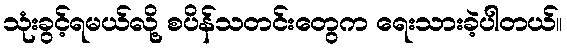
သုံးခွင့်ရမယ်လို့ စပိန်သတင်းတွေက ရေးသားခဲ့ပါတယ်။